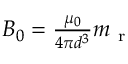
\begin{array} { r } { B _ { 0 } = \frac { \mu _ { 0 } } { 4 \pi d ^ { 3 } } m _ { \mathrm { ~ r ~ } } } \end{array}